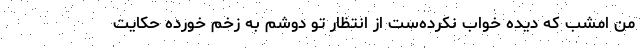
من امشب که دیده خواب نکرده‌ست از انتظار تو دوشم به زخم خورده حکایت